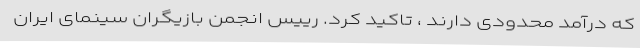
که درآمد محدودی دارند ، تاکید کرد. رییس انجمن بازیگران سینمای ایران